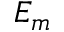
E _ { m }